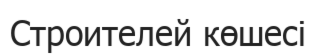
Строителей көшесі